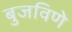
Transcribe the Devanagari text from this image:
बुजविणे